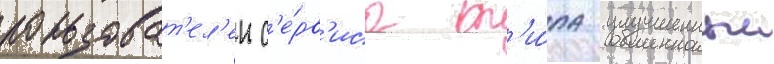
пользоват'ел'еи с'е́рв'иса т'и́па улучшенныи